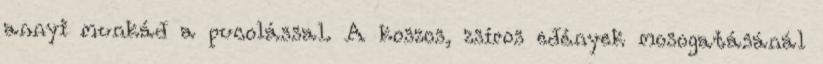
annyi munkád a pucolással. A koszos, zsíros edények mosogatásánál